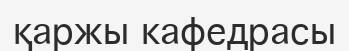
қаржы кафедрасы